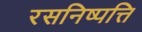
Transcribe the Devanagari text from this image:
रसनिष्पत्ति